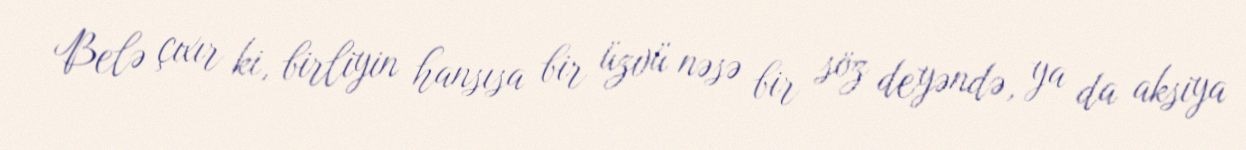
Belə çıxır ki, birliyin hansısa bir üzvü nəsə bir söz deyəndə, ya da aksiya